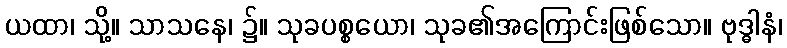
ယထာ၊ သို့။ သာသနေ၊ ၌။ သုခပစ္စယော၊ သုခ၏အကြောင်းဖြစ်သော။ ဗုဒ္ဓါနံ၊